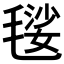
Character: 𣯢